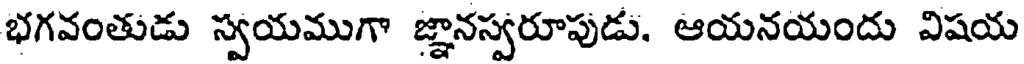
భగవంతుడు స్వయముగా జ్ఞానస్వరూపుడు. ఆయనయందు విషయ